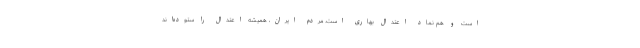
است و هم نماد اعتدال بهاری است. مردم ایران، همیشه اعتدال را ستوده‌اند